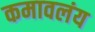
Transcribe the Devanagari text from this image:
कमावलंय